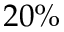
2 0 \%